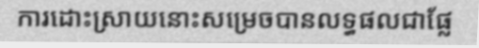
ការដោះស្រាយនោះសម្រេចបានលទ្ធផលជាផ្លែ